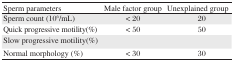
<table><thead><tr><td><b>Sperm parameters</b></td><td><b>Male factor group</b></td><td><b>Unexplained group</b></td></tr></thead><tbody><tr><td>Sperm count (10<sup>6</sup>/mL)</td><td>&lt; 20</td><td>≥20</td></tr><tr><td>Quick progressive motility(%)</td><td>&lt; 50</td><td>≥50</td></tr><tr><td>Slow progressive motility(%)</td><td>[EMPTY_CELL]</td><td>[EMPTY_CELL]</td></tr><tr><td>Normal morphology (%)</td><td>&lt; 30</td><td>≥30</td></tr></tbody></table>